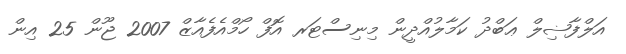
އަލްފާޟިލް ޢަބްދު ކަމާލުއްދީން މިނިސްޓަރ އޮފް ހޯމްއެފެއާޒް 2007 ޖޫން 25 އިން